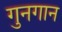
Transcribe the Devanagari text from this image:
गुनगान